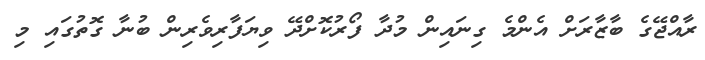
ރާއްޖޭގެ ބާޒާރަށް އެންމެ ގިނައިން މުދާ ފޯރުކޮށްދޭ ވިޔަފާރިވެރިން ބުނާ ގޮތުގައި މި